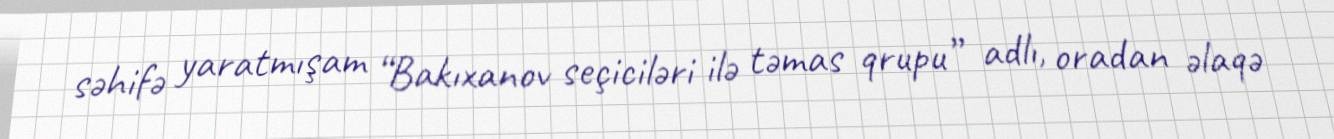
səhifə yaratmışam “Bakıxanov seçiciləri ilə təmas qrupu” adlı, oradan əlaqə